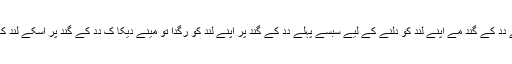
اَب وو اُتھ کے دِدِ کے گند مے اَپنے لُند کو دلنے کے لِیے سبسے پہلے دِدِ کے گند پر اَپنے لُند کو رگدا تو مینے دیکا کِ دِدِ کے گند پر اُسکے لُند کا پنِ چھُت گیا۔